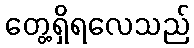
တွေ့ရှိရလေသည်